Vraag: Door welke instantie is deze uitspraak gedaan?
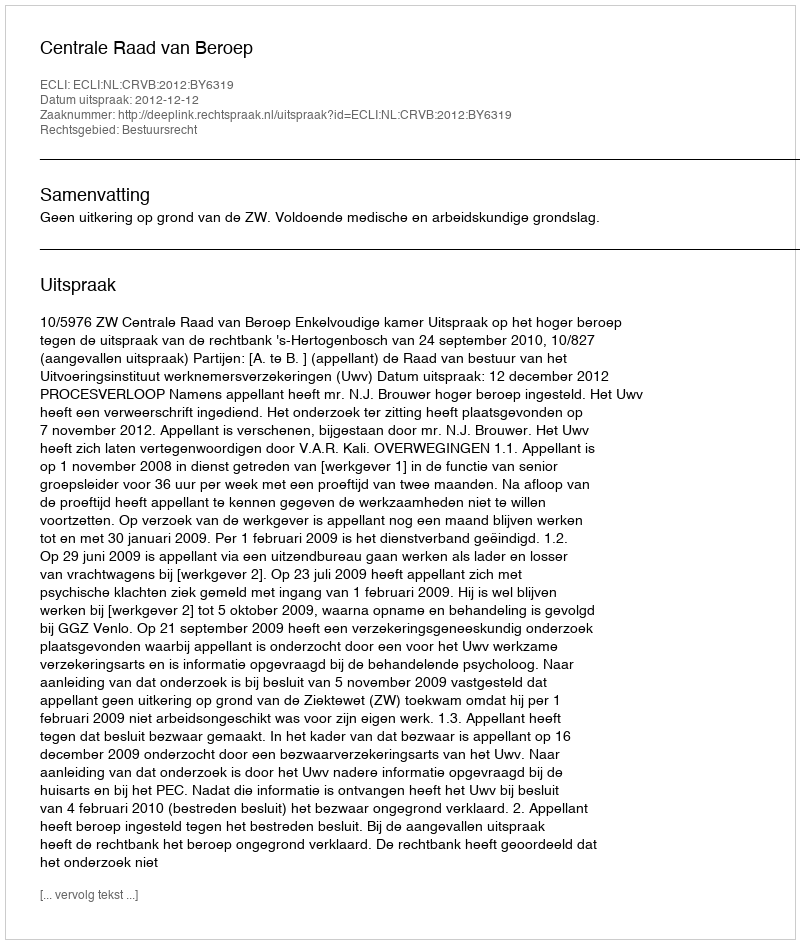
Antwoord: Centrale Raad van Beroep